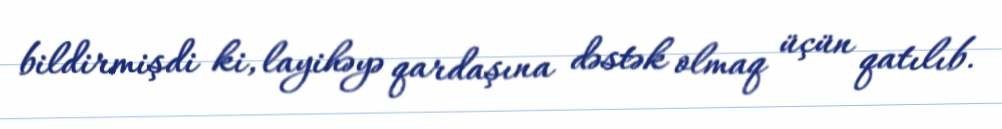
bildirmişdi ki, layihəyə qardaşına dəstək olmaq üçün qatılıb.